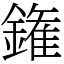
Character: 𨫝